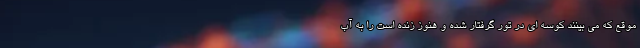
موقع که می بینند کوسه ای در تور گرفتار شده و هنوز زنده است را به آب